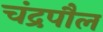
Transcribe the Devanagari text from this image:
चंद्रपौल